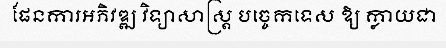
ផែនការអភិវឌ្ឍ វិទ្យាសាស្ត្រ បច្ចេកទេស ឱ្យ ក្លាយជា